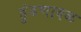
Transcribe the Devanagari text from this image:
हुंडणावळ